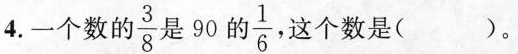
4.一个数的 \frac{3}{8} 是90的 \frac{1}{6} ， 这个数是( )。